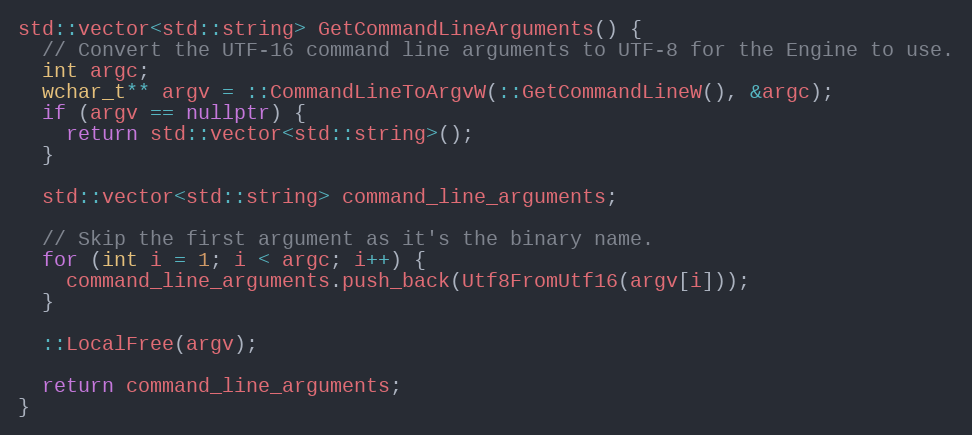
Language: C++
std::vector<std::string> GetCommandLineArguments() {
  // Convert the UTF-16 command line arguments to UTF-8 for the Engine to use.
  int argc;
  wchar_t** argv = ::CommandLineToArgvW(::GetCommandLineW(), &argc);
  if (argv == nullptr) {
    return std::vector<std::string>();
  }

  std::vector<std::string> command_line_arguments;

  // Skip the first argument as it's the binary name.
  for (int i = 1; i < argc; i++) {
    command_line_arguments.push_back(Utf8FromUtf16(argv[i]));
  }

  ::LocalFree(argv);

  return command_line_arguments;
}